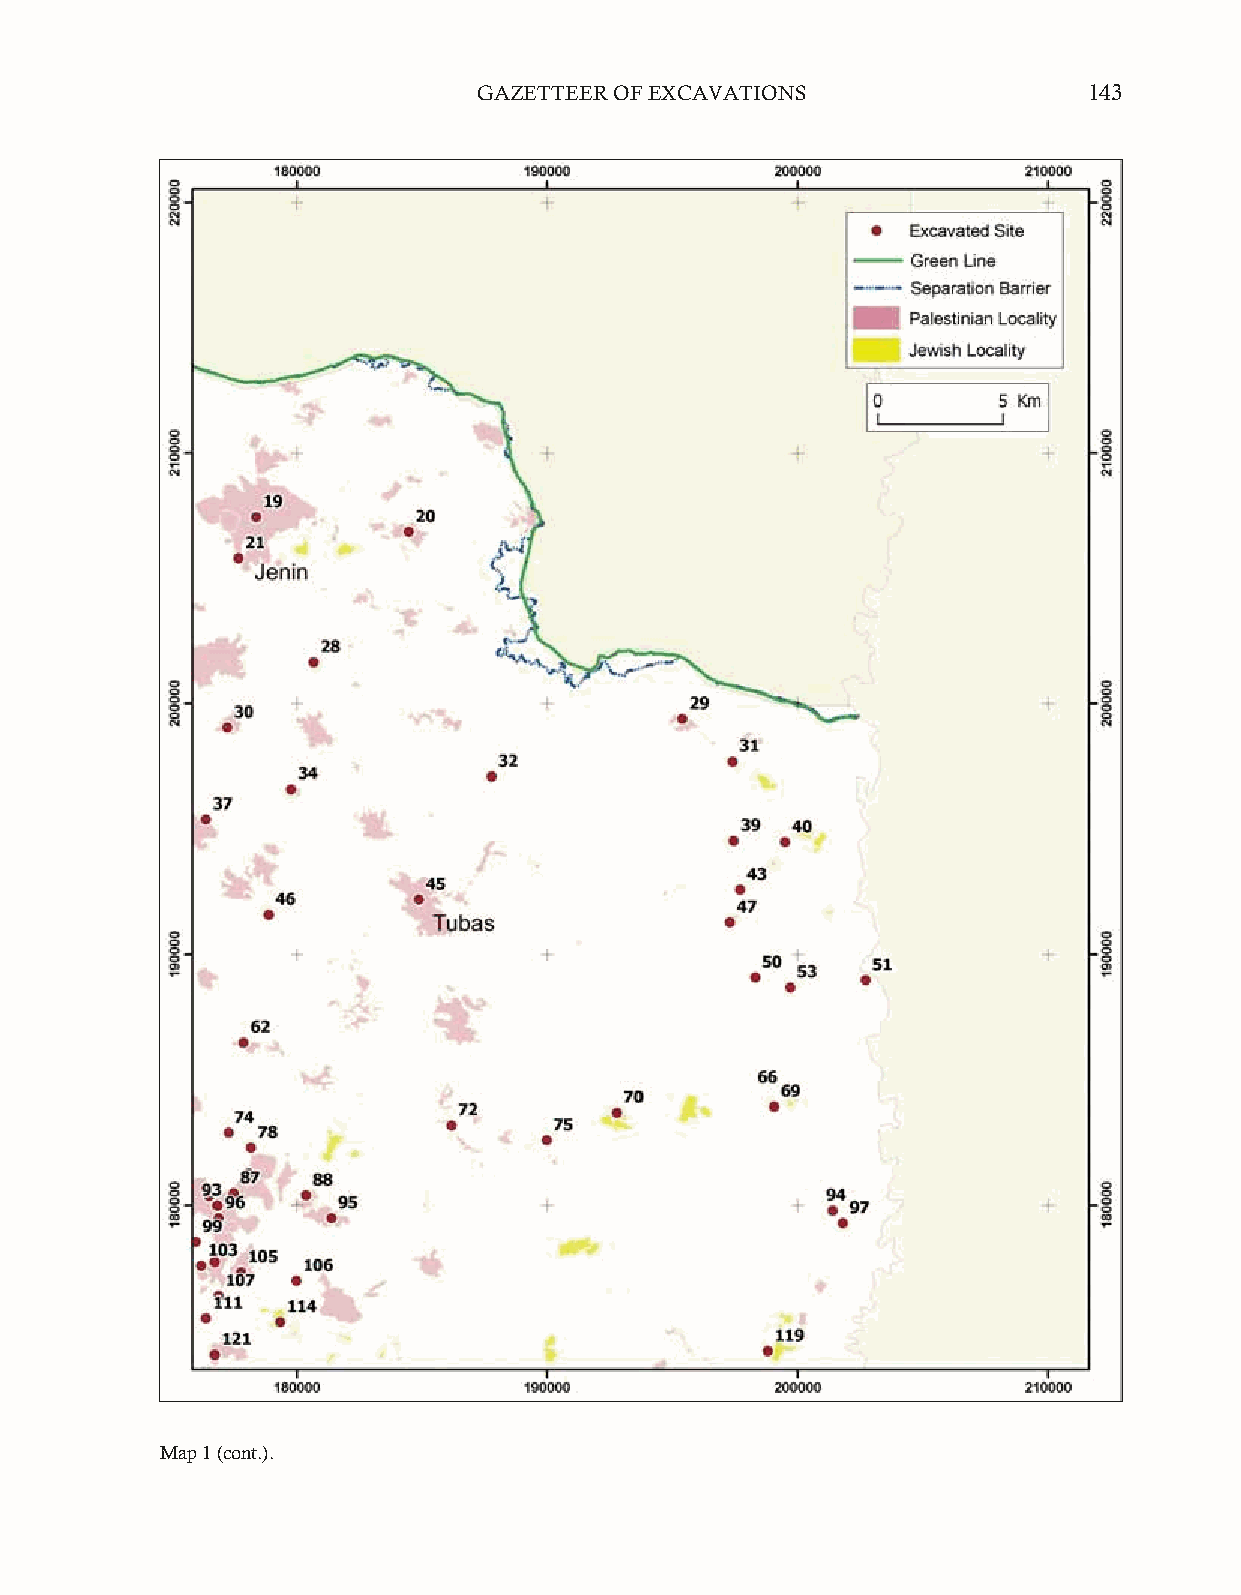
GAZETTEER OF EXCAVATIONS                143
 Map 1 (cont.).